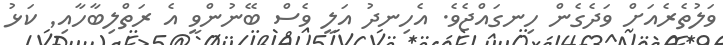
ވަލުތެރެއަށް ވަދެގެން ހިނގައްޖެވެ. އެހިނދު އަލީ ވެސް ބޭނުންވީ އެ ރަތްލިބާހާއި